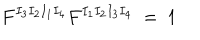
F ^ { I _ { 3 } I _ { 2 } I _ { 1 } I _ { 4 } } F ^ { I _ { 1 } I _ { 2 } I _ { 3 } I _ { 4 } } \ = \ 1 \